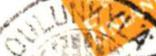
OULUNKYLÄ